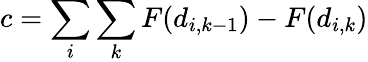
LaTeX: c=\sum_{i}\sum_{k}F(d_{i,k-1})-F(d_{i,k})